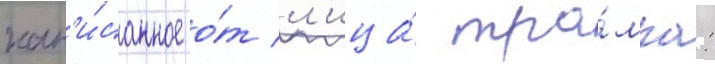
нап'и́санное о́т л'ица́ тра́мпа: